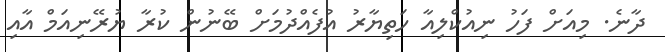
ދާނެ. މިއަށް ފަހު ނިއުކްލިއާ ހަތިޔާރު އުފެއްދުމަށް ބޭނުން ކުރާ ޔުރޭނިއަމް އާއި